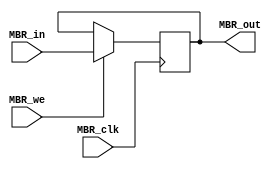
module MBR(MBR_in,MBR_out,MBR_we,MBR_clk
    );
	 input[7:0] MBR_in;
	 output[7:0] MBR_out;
	 input MBR_we,MBR_clk;
	 
	 
	 reg[7:0] MBR_out = 8'h02;
	 wire[7:0] MBR_next;
	 
	always @(posedge MBR_clk)
	begin
			MBR_out <= MBR_next;
	end
		
	assign MBR_next = MBR_we ? MBR_in : MBR_out;

endmodule